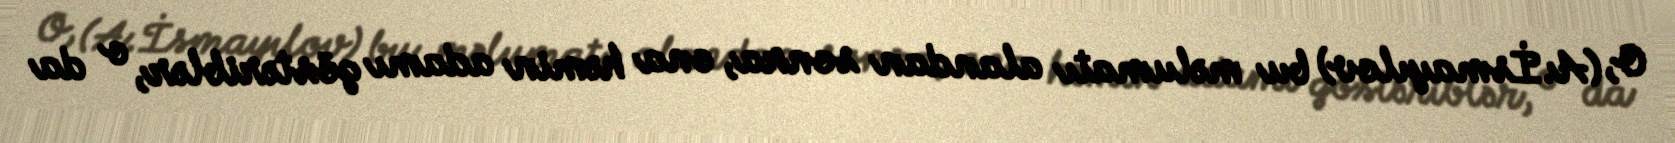
O, (A.İsmayılov) bu məlumatı alandan sonra, ona həmin adamı göstəriblər, o da